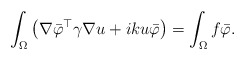
\begin{align*}\int_\Omega \left(\nabla \bar{\varphi}^\top \gamma \nabla u + i k u \bar{\varphi} \right) =\int_\Omega f \bar{\varphi}.\end{align*}